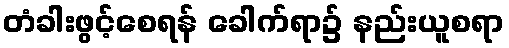
တံခါးဖွင့်စေရန် ခေါက်ရာ၌ နည်းယူစရာ